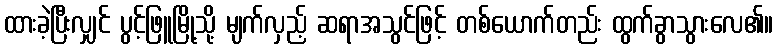
ထားခဲ့ပြီးလျှင် ပွင့်ဖြူမြို့သို့ မျက်လှည့် ဆရာအသွင်ဖြင့် တစ်ယောက်တည်း ထွက်ခွာသွားလေ၏။